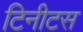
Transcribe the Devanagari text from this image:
टिनीटस